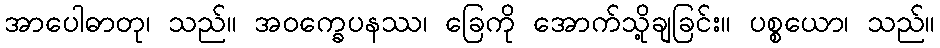
အာပေါဓာတု၊ သည်။ အဝက္ခေပနဿ၊ ခြေကို အောက်သို့ချခြင်း။ ပစ္စယော၊ သည်။